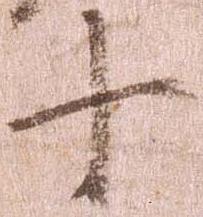
十